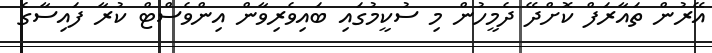
އޭރުން ތައާރަފް ކޮށްދޭ ދެމީހުން މި ސުކީމުގައި ބައިވެރިވާން އިންވެސްޓް ކުރާ ފައިސާގެ